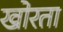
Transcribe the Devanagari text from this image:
खोरता